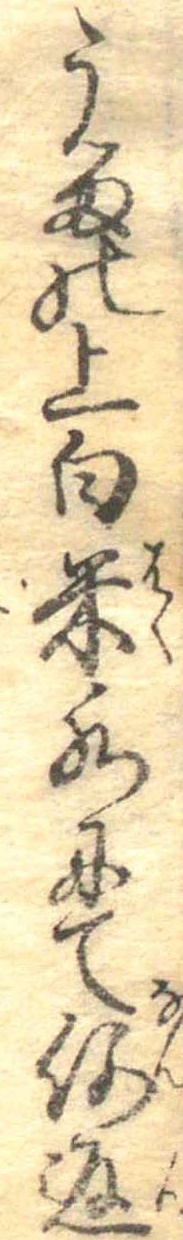
うるの上白米水にて何返